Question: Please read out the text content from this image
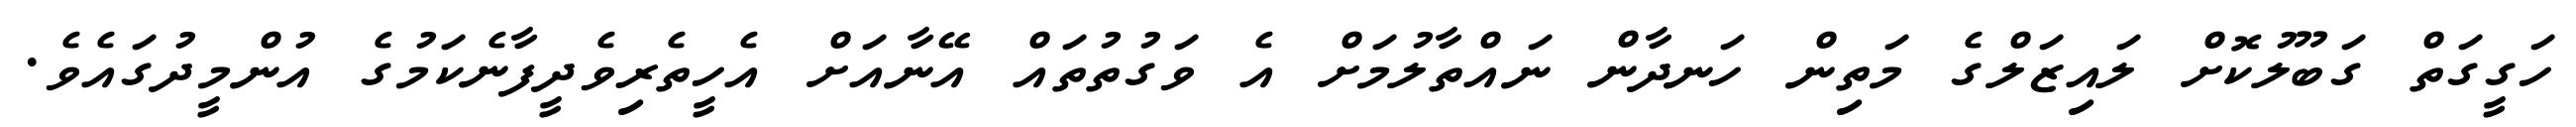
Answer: ހަގީގަތް ގަބޫލުކޮށް ލައިޒަލްގެ މަތިން ހަނދާން ނައްތާލުމަށް އެ ވަގުތުތައް އޭނާއަށް އެހީތެރިވެދީފާނެކަމުގެ އުންމީދުގައެވެ.